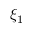
\xi _ { 1 }